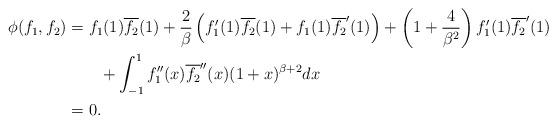
LaTeX: \begin{align*}\phi(f_{1},f_{2}) & =f_{1}(1)\overline{f_{2}}(1)+\frac{2}{\beta}\left(f_{1}^{\prime}(1)\overline{f_{2}}(1)+f_{1}(1)\overline{f_{2}}^{\prime}(1)\right) +\left( 1+\frac{4}{\beta^{2}}\right) f_{1}^{\prime}(1)\overline{f_{2}}^{\prime}(1)\\& \quad\quad+\int_{-1}^{1}f_{1}^{\prime\prime}(x)\overline{f_{2}}^{\prime\prime}(x)(1+x)^{\beta+2}dx\\& =0.\end{align*}